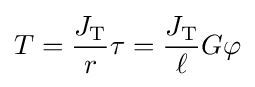
T={\frac {J_{\text{T}}}{r}}\tau ={\frac {J_{\text{T}}}{\ell }}G\varphi